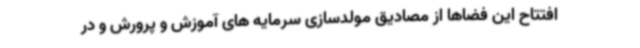
افتتاح این فضاها از مصادیق مولدسازی سرمایه های آموزش و پرورش و در